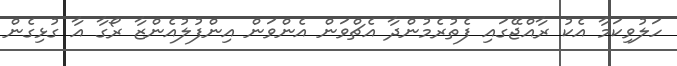
ހަލުވިކަމާ އެކު ރާއްޖޭގައި ފެތުރެމުންދާ އެޗްވަން އެންވަން އިންފުލުއެންޒާ ރޯގާ އާ ގުޅިގެން